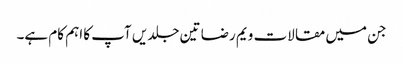
جن میں مقالات ویم رضا تین جلدیں آپ کا اہم کام ہے۔